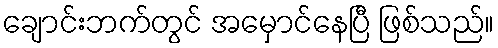
ချောင်းဘက်တွင် အမှောင်နေပြီ ဖြစ်သည်။